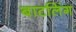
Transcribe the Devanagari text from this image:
बाटलिंग